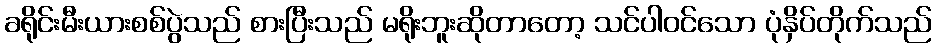
ခရိုင်းမီးယားစစ်ပွဲသည် စားပြီးသည် မရိုးဘူးဆိုတာတော့ သင်ပါဝင်သော ပုံနှိပ်တိုက်သည်